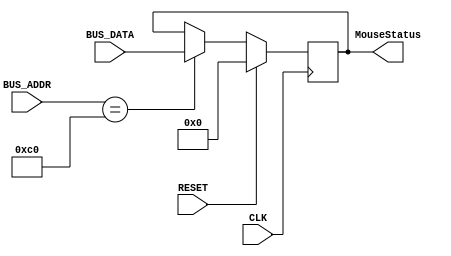
`timescale 1ns / 1ps
//////////////////////////////////////////////////////////////////////////////////
// Company: 
// Engineer: 
// 
// Design Name: 
// Module Name: LEDs
// Project Name: 
// Target Devices: 
// Tool Versions: 
// Description: 
// 
// Dependencies: 
// 
// Revision:
// Revision 0.01 - File Created
// Additional Comments:
// 
//////////////////////////////////////////////////////////////////////////////////


module LEDs(
    input RESET,
    input CLK,
    input [7:0] BUS_DATA,
    input [7:0] BUS_ADDR,
    output reg [7:0] MouseStatus
    );
    
    always@( posedge CLK) begin
        if(RESET) 
            MouseStatus<=8'h00;
        else if(BUS_ADDR==8'hC0) 
            MouseStatus<=BUS_DATA;
    end
endmodule